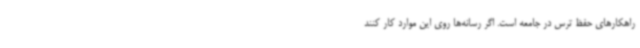
راهکارهای حفظ ترس در جامعه است. اگر رسانه‌ها روی این موارد کار کنند